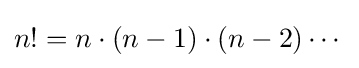
n!=n\cdot (n-1)\cdot (n-2)\cdots